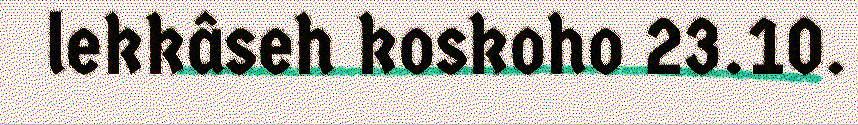
lekkâseh koskoho 23.10.